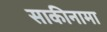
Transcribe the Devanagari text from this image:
साकीनामा